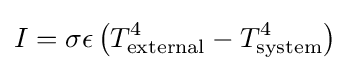
I=\sigma \epsilon \left(T_{\mathrm {external} }^{4}-T_{\mathrm {system} }^{4}\right)